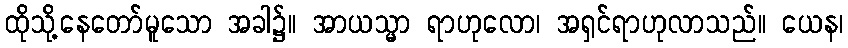
ထိုသို့နေတော်မူသော အခါ၌။ အာယသ္မာ ရာဟုလော၊ အရှင်ရာဟုလာသည်။ ယေန၊